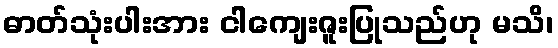
ဓာတ်သုံးပါးအား ငါကျေးဇူးပြုသည်ဟု မသိ၊